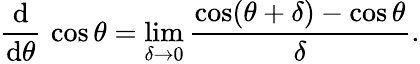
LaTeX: {\frac{\operatorname{d}}{\operatorname{d}\! \theta}}\, \cos\theta=\operatorname*{lim}_{\delta\to 0}{\frac{\cos(\theta+\delta)-\cos\theta}{\delta}}.